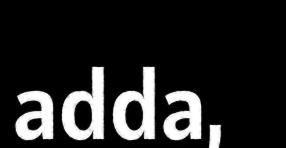
adda,